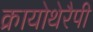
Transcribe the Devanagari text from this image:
क्रायोथेरैपी